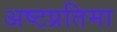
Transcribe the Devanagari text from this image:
अष्टप्रतिमा